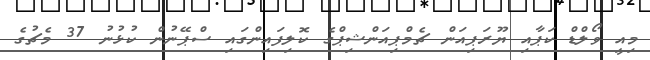
މިއީ ވޯލްޑް ކަޕާއި ޔޫރަޕިއަން ޗެމްޕިއަންޝިޕްގެ ކޮލިފައިންގައި ސްޕޭނުން ކުޅުނު 37 މެޗުގެ